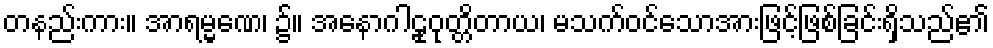
တနည်းကား။ အာရမ္မဏေ၊ ၌။ အနောဂါဠုဝုတ္တိတာယ၊ မသက်ဝင်သောအားဖြင့်ဖြစ်ခြင်းရှိသည်၏